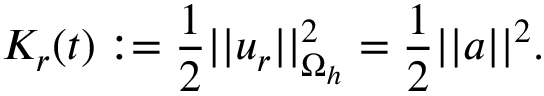
K _ { r } ( t ) : = \frac { 1 } { 2 } | | \boldsymbol { u } _ { r } | | _ { \Omega _ { h } } ^ { 2 } = \frac { 1 } { 2 } | | \boldsymbol { a } | | ^ { 2 } .